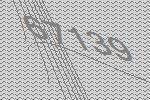
67139